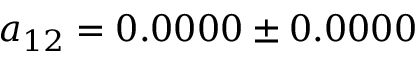
a _ { 1 2 } = 0 . 0 0 0 0 \pm 0 . 0 0 0 0